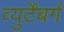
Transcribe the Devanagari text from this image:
व्युर्टेंबर्ग